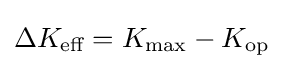
\Delta K_{\text{eff}}=K_{\text{max}}-K_{\text{op}}